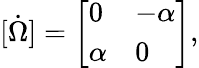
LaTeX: [{\dot{\Omega}}]={\left[\begin{array}{ll}{0}&{-\alpha}\\ {\alpha}&{0}\end{array}\right]},